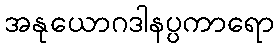
အနုယောဂဒါနပ္ပကာရော